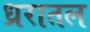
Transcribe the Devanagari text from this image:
ध्ररातल